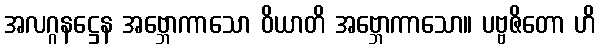
အလဂ္ဂနဋ္ဌေန အဗ္ဘောကာသော ဝိယာတိ အဗ္ဘောကာသော။ ပဗ္ဗဇိတော ဟိ